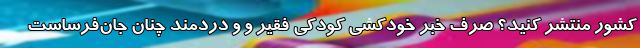
کشور منتشر کنید؟ صرفِ خبر خودکشی کودکی فقیر و و دردمند چنان جان‌فرساست